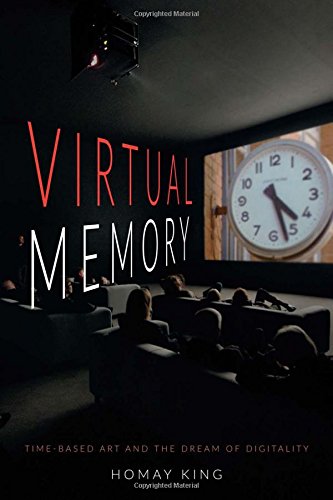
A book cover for Virtual Memory: Time-Based Art and the Dream of Digitality; Homay King; Humor & Entertainment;